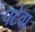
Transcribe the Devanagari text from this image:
पटेवा